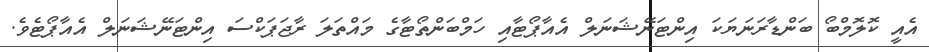
އެއީ ކޮލޮމްބޯ ބަންޑާރަނަޔަކަ އިންޓަނޭޝަނަލް އެއާޕޯޓާއި ހަމްބަންތޯޓާގެ މައްތަލަ ރާޖަޕަކްސަ އިންޓަނޭޝަނަލް އެއާޕޯޓެވެ.